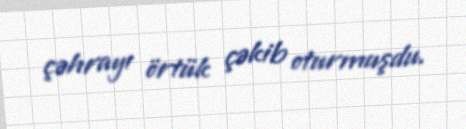
çəhrayı örtük çəkib oturmuşdu.